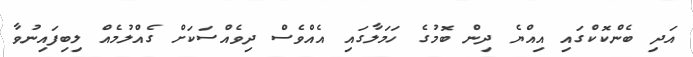
އަދި ބެންކޮކްގައި އިއްޔެ ދިން ބޮމުގެ ހަމަލާގައި އެއްވެސް ދިވެއްސަަކަށް ގެއްލުމެއް ލިބިފައިނުވާ